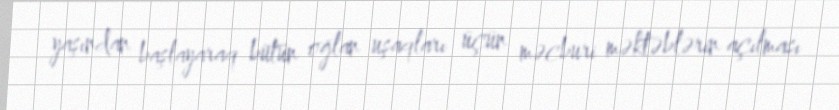
yaşından başlayaraq bütün oğlan uşaqları üçün məcburi məktəblərin açılması